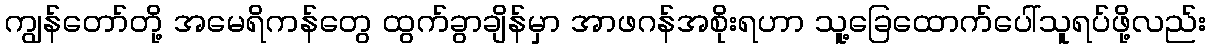
ကျွန်တော်တို့ အမေရိကန်တွေ ထွက်ခွာချိန်မှာ အာဖဂန်အစိုးရဟာ သူ့ခြေထောက်ပေါ်သူရပ်ဖို့လည်း